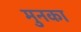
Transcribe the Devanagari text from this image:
मुनका